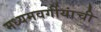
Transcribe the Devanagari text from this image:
मध्यमवर्गीयांची